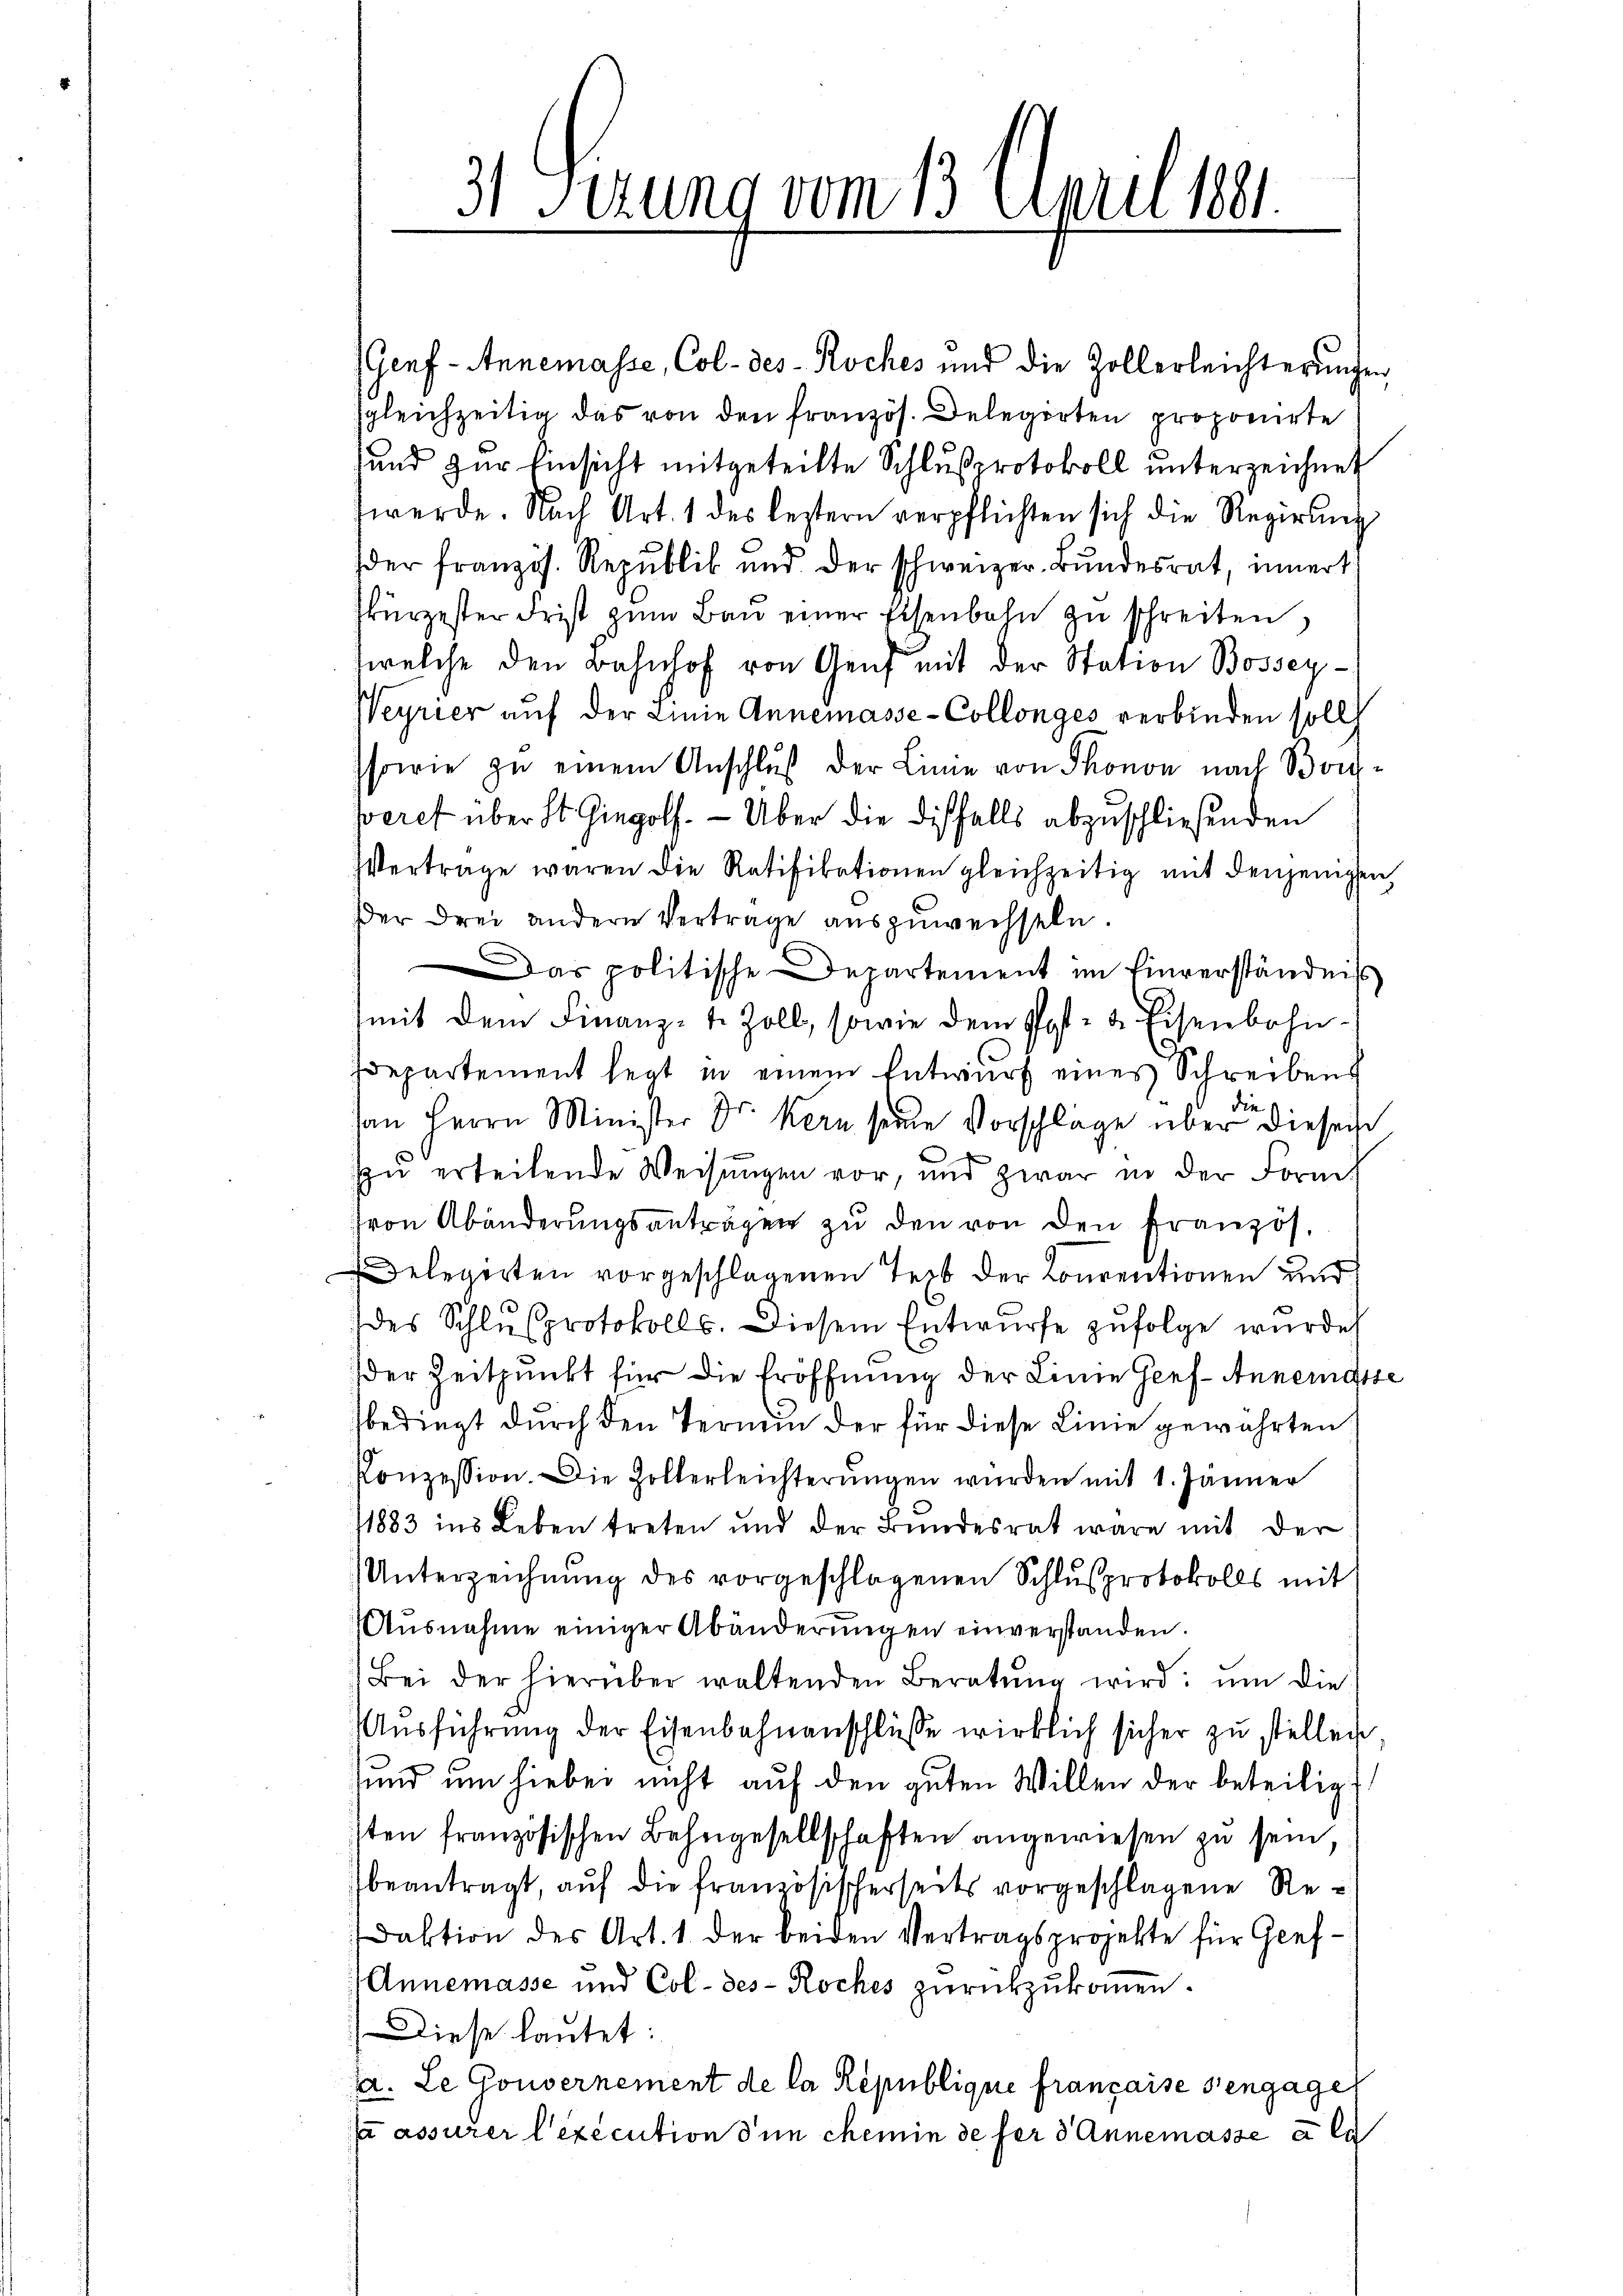
3. Ferung vom 13. April 1891.

(Genf - Annemasse, Col- des - Roches und die Zollerleichterungen
zgleichzeitig das von den französ. Delegirten proponirte
und zŭr Einsicht mitgeteilte Schlŭsprotokoll ŭnterzeichnet
werde. Nach Art. 1 des leztern verpflichten sich die Regierŭng
der französ. Republik und der schweizer Bundesrat, innert
kürzester Frist zŭm Baŭ einer Eisenbahn zŭ schreiten,
welche den Bahnhof von Genf mit der Station Bossey¬
Weyrier auf der Linie Annemasse-Collonges verbinden soll
Isowie zu einem Anschluß der Linie von Thonon nach Bonseret über St. Gingolf. — Über die diesfalls abzuschließenden
Vertrage waren die Ratifikationen gleichzeitig mit denjenigen
Der drei andern Vertrage auszuwechseln.
Das politische Departement im Einverständniss
(mit dem Finanz- u. Zoll, sowie dem Post- & Eisenbahn-
Idepartement legt in einem Entwurf eines Schreibens
die
an Herrn Minister Dr. Kern seine Vorschläge über diesen
zu erteilende Weisungen vor, und zwar in der Form
von Abänderŭngsanträgen zŭ den von den Französ.
Delegirten vorgeschlagenen Teil der Conrentionen und
des Schlŭsprotokolls. Diesem Entwurfe zŭfolge wurde
der Zeitpunkt für die Eröffnung der Linie Genf. Annemasse
bedingt durch den Termin der für diese Linie gewährten
Konzession. Die Holterleichterŭngen wŭrden mit 1. Jänner
/1883 ins Leben treten und der Bŭndesrat wäre mit der
Unterzeichnŭng des vorgeschlagenen Schlŭsprotokolls mit
Aŭsnahme einiger Abänderŭngen einverstanden.
Bei der hierüber waltenden Beratŭng wird ŭm die
Ausführung der Eisenbahnanschlüsse wirklich sicher zu stellen,
und um hiebei nicht auf den guten Willen der beteilig
sten französischen Bahngesellschaften angewiesen zu sein,
beantragt, auf die französischerseits vorgeschlagene Redaktion des Art. 1 der beiden Vertragsprojekte für Genf¬
Annemasse und Col- des Roches zŭrückzŭkommen.
Diese lautet:
a. Le Gouvernement de la République franzaise sengage
a assurer lexecution den chemin de fer d Annemasse à la